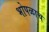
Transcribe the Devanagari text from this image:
भोपळाच